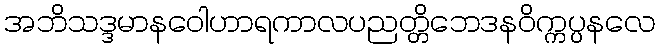
အဘိသဒ္ဒမာနဝေါဟာရကာလပညတ္တိဘေဒနဝိက္ကပ္ပနလေ